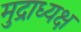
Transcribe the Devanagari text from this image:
मुद्राध्यक्ष